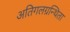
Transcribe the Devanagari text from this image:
अतिगलग्रन्थिता